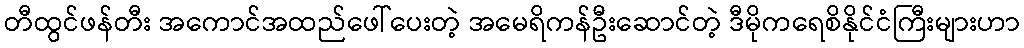
တီထွင်ဖန်တီး အကောင်အထည်ဖေါ်ပေးတဲ့ အမေရိကန်ဦးဆောင်တဲ့ ဒီမိုကရေစိနိုင်ငံကြီးများဟာ